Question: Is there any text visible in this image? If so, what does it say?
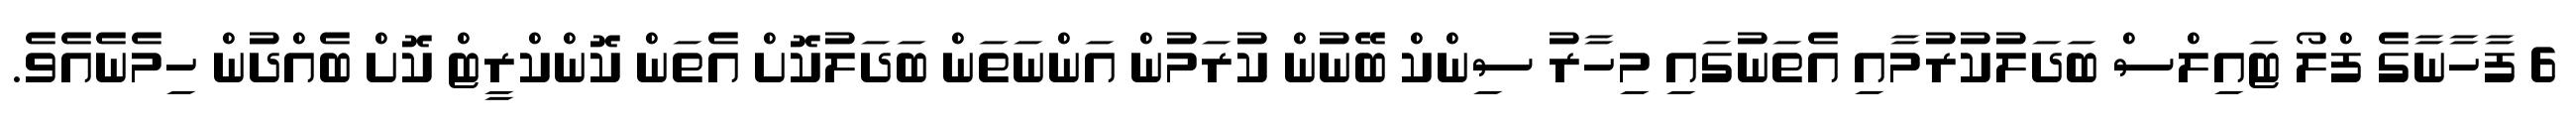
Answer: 6 ފާހާނާގެ ފްލޯ ޓައިލްސް ބަދަލުކުރުމާއި އެތަނުގައި މިހާރު ސިންކް ބޭނުން ކުރަމުން އަންނަތަން ބަދަލުކޮށް އެތަން ކޮންކްރީޓް ކޮށް ބެއްދުން ހިމެނެއެވެ.